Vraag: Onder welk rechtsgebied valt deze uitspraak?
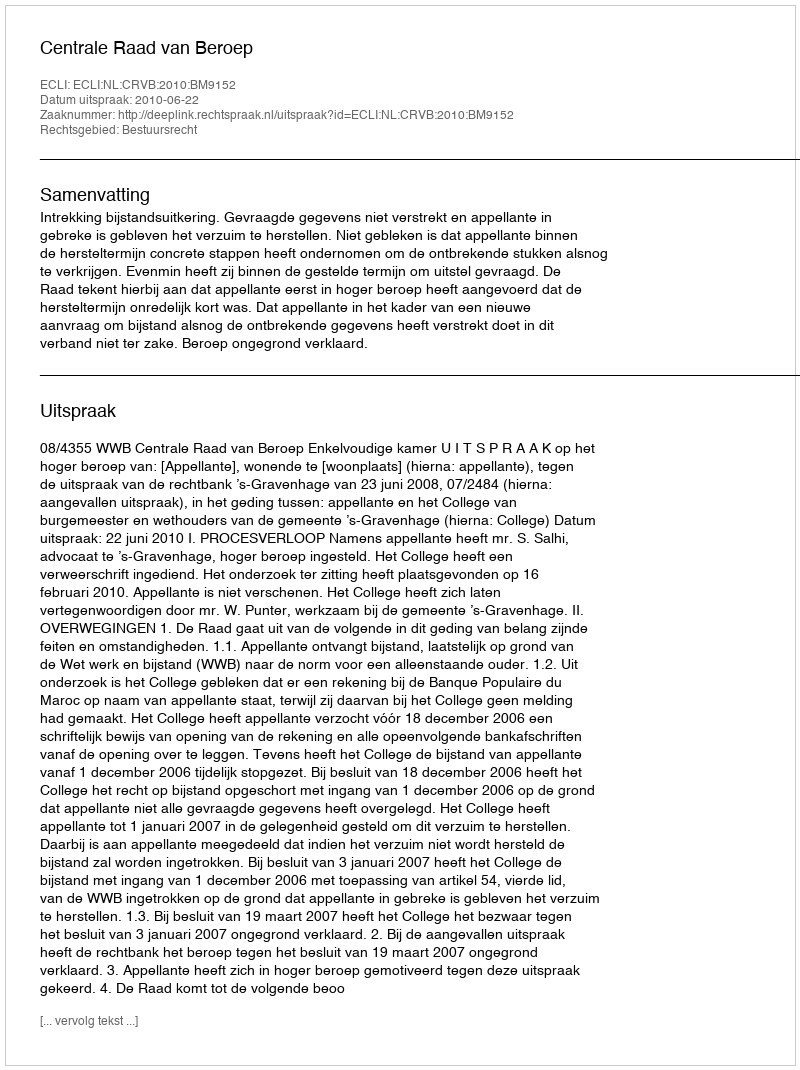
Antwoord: Bestuursrecht